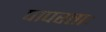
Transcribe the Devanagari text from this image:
पापरताः